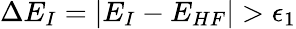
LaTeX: \Delta E_{I}=|E_{I}-E_{HF}|>\epsilon_{1}